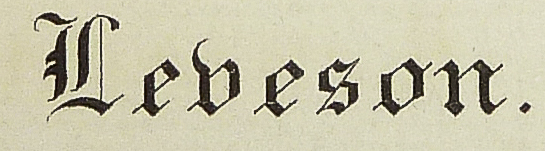
Lebeson.